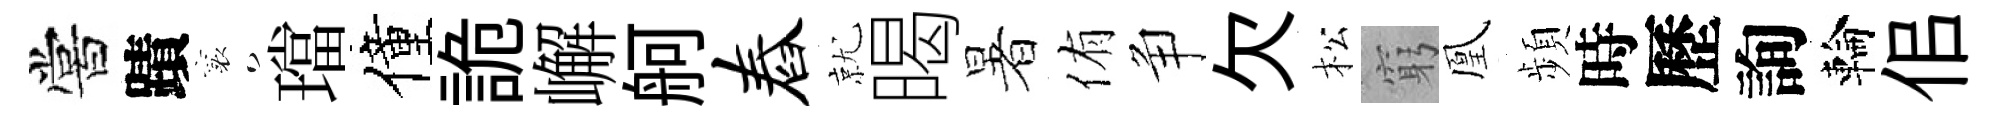
嘗蹟襄璫僮詭嶰舸舂就暍暑侑争欠松窮凰頻時歷詢輪佀